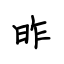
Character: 昨